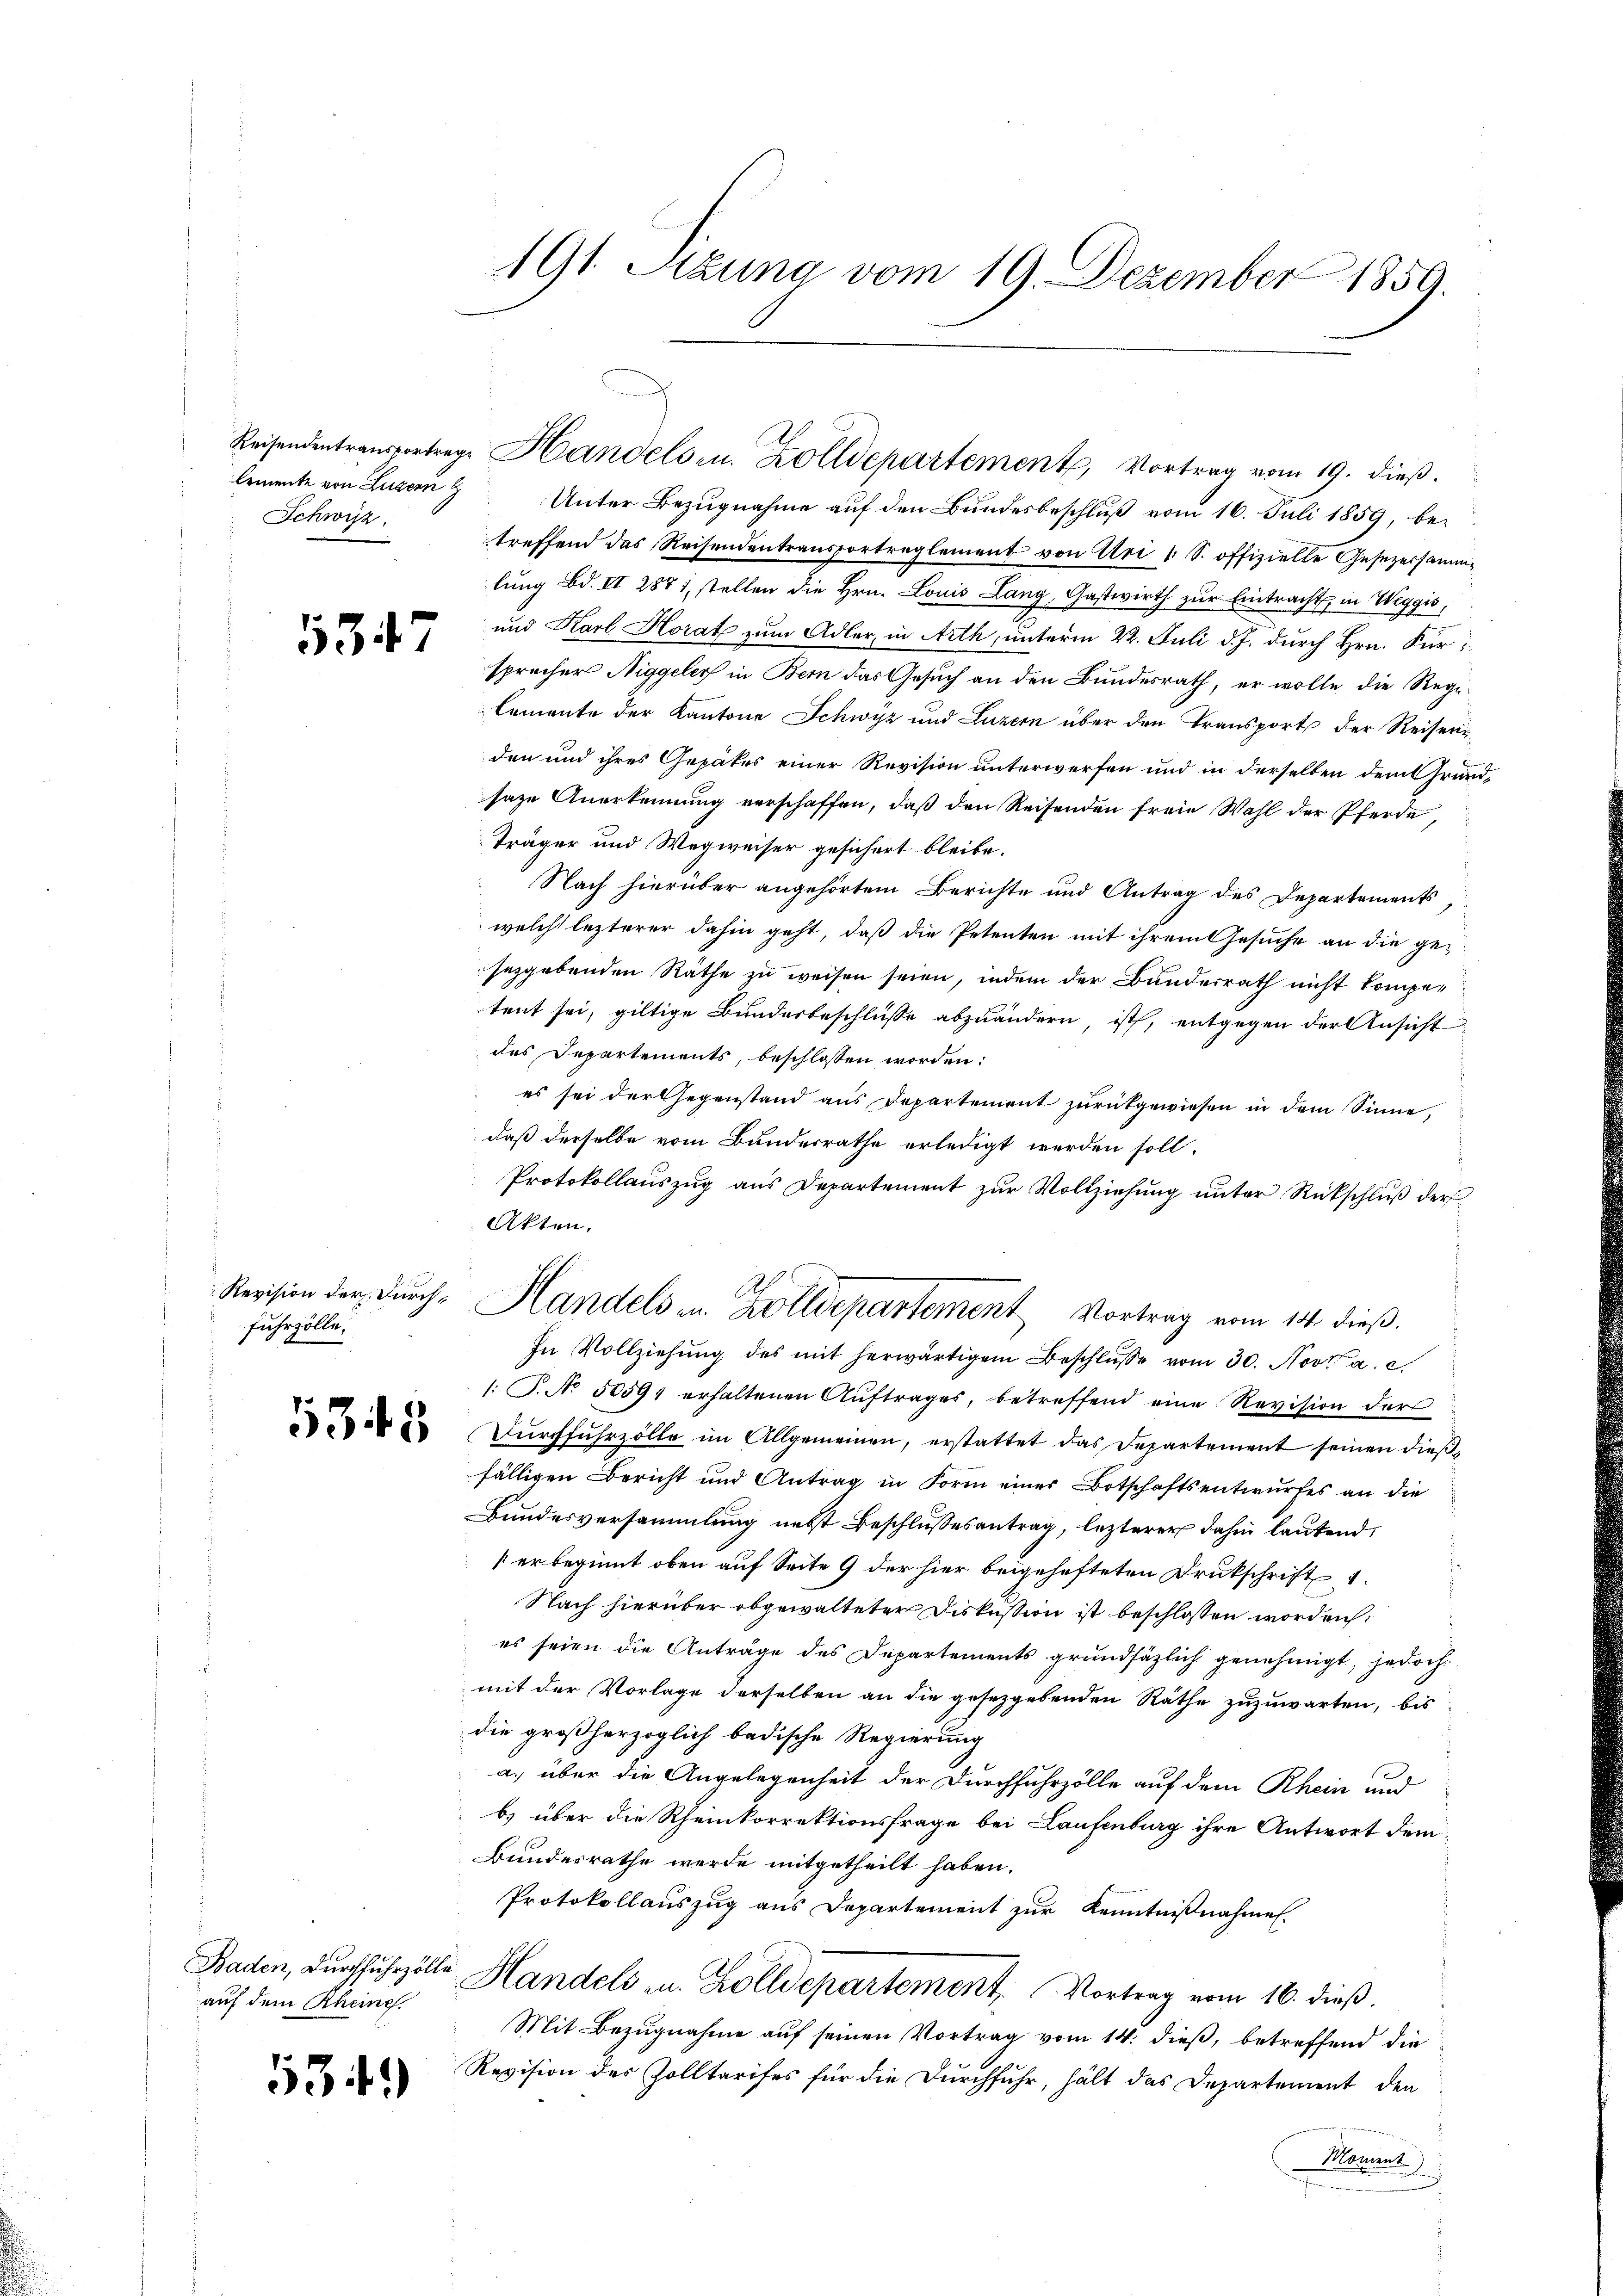
lemente von Luzern
Schwyz

5347

Revision der Furchfuhrzölle.

13 f 5

Baden, Durchfuhrzölle
auf dem Rheine

5349)

191. Setzung vom 19. Dezember 1859.

Unter Bezugnahme auf den Bundesbeschluß vom 16. Juli 1859, betreffend das Reisendentransportreglement von Uri 1 S. offizielle Gesezessammlung Bd. II 287 1, stellen die Hrn. Louis Lang, Gastwirth zur Eintracht, in Weggis,
und Karl Horat zum Adler, in Arth, unterm 22. Juli d. J. durch Hrn. Fürsprecher Niggeler in Bern das Gesuch an den Bundesrath, er wolle die Regi¬
Cemente der Kantone Schwyz und Luzern über den Transport der Reisenr
den und ihres Gepäkes einer Revision unterwerfen und in derselben dem Grundsaze Anerkennung verschaffen, daß den Reisenden freie Wahl der Pferde,
Träger und Wegweiser gesichert bleibe.
Nach hierüber angehörtem Berichte und Antrag des Departements,
welche lezterer dahin geht, daß die Petenten mit ihrem Gesuche an die geseggebenden Räthe zu weisen seien, indem der Bunderrath nicht kompetent sei, giltige Bundesbeschlüsse abzuändern ist, entgegen der Ansicht
des Departements, beschlossen worden:
es sei der Gegenstand aus Departement zurückgewiesen in dem Sinne,
daß derselbe vom Bundesrathe erledigt werden soll.
Protokollauszug aus Departement zur Vollziehung unter Rückschluß der
Akten.
In Vollziehŭng des mit herwärtigem Beschlŭsse vom 30. Nov. a. c.
1: T. No. 5059 erhaltenen Aŭftrages, betreffend eine Revision der
Dŭrchfuhrzölle im Allgemeinen, erstattet das Departement seinen dießfälligen Bericht und Antrag in Form einer Botschaftsentwurfes an die
Bundesversammlung nebst Beschlussesantrag, lezterer dahin lautend,
erbeginnt oben auf Seite 9 der hier beigehefteten Drukschrift
Nach hierüber obgewalteter Diskussion ist beschlossen worden,
es seien die Anträge des Departements grundsätzlich genehmigt, jedoch
mit der Vorlage derselben an die gesetzgebenden Räthe zuzuwarten, bis
die großherzoglich badische Regierung
a. über die Angelegenheit der Durchfuhrzölle auf dem Rhein und
b.) über die Rheinkorrektionsfrage bei Laufenburg ihre Antwort dem
Bundesrathe werde mitgetheilt haben.
Protokollauszug aus Departement zur Kenntnißnahmen.
Handels u. Zolldepartement. Vortrag vom 16. dieß.
Mit Bezugnahme auf seinen Vortrag vom 14. dieß, betreffend die
Revision des Zolltarifes für die Durchfuhr, hält das Departement den
Moment

Reisendentransportrage Handels- u. Zolldepartement, Vortrag vom 19. dieβ.

Handels in Zolldepartement Vortrag vom 14. dieß.